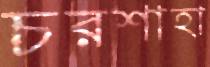
চরশাহা